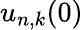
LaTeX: u_{n,k}(0)